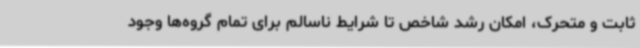
ثابت و متحرک، امکان رشد شاخص تا شرایط ناسالم برای تمام گروه‌ها وجود